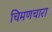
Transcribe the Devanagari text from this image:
चिमणचारा